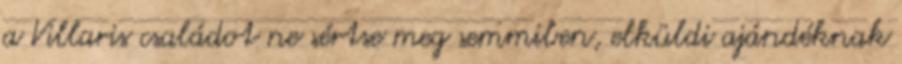
a Villaris családot ne sértse meg semmiben, elküldi ajándéknak